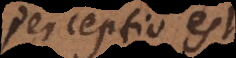
perceptio est.